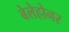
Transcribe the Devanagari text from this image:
बेलेहोनर